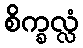
စိက္ခလ္လံ